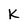
Character: K